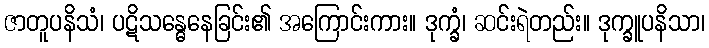
ဇာတူပနိသံ၊ ပဋိသန္ဓေနေခြင်း၏ အကြောင်းကား။ ဒုက္ခံ၊ ဆင်းရဲတည်း။ ဒုက္ခူပနိသာ၊